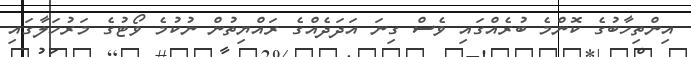
އިންތިހާބުގެ ކޮންމެ ބުރެއްގައި ވެސް ގިނަ އަދަދެއްގެ ރައްޔިތުން ނުކުމެ ވޯޓުގެ މަރުހަލާގައި